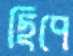
ছিপে